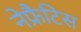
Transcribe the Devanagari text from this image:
नेफ्रैटिस